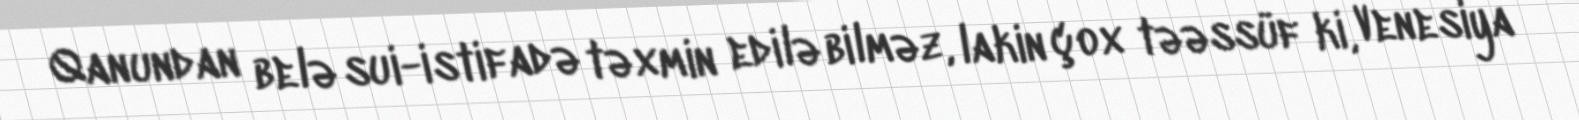
Qanundan belə sui-istifadə təxmin edilə bilməz, lakin çox təəssüf ki, Venesiya